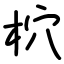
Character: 柼